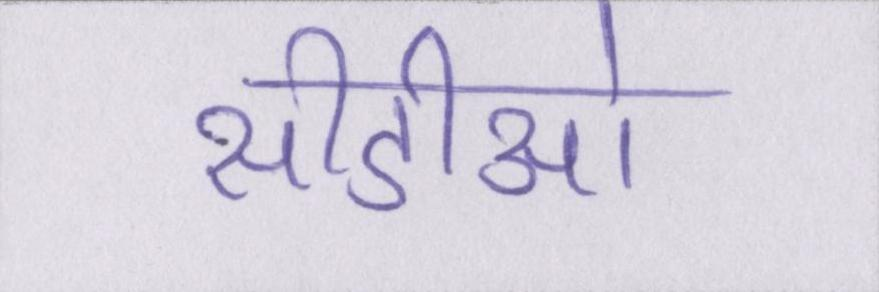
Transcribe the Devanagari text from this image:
सीडीओ